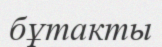
бұтакты